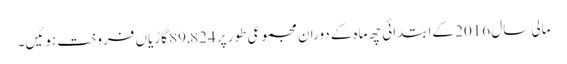
مالی سال 2016 کےابتدائی چھ ماہ کے دوران مجموعی طور پر 89,824 گاڑیاں فروخت ہوئیں۔